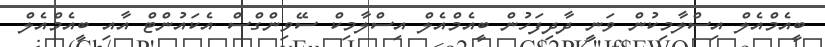
ބީއެމްއެލް އިސްލާމިކުން ވަނީ ދާދިފަހުން ބީއެމްއެލް އިސްލާމިކް ސޭވިންގްސް އެކައުންޓް އާއި ބީއެމްއެލް